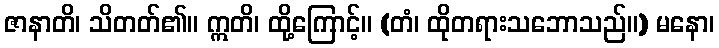
ဇာနာတိ၊ သိတတ်၏။ ဣတိ၊ ထို့ကြောင့်။ (တံ၊ ထိုတရားသဘောသည်။) မနော၊